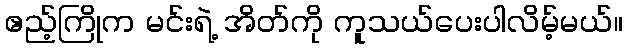
ဧည့်ကြိုက မင်းရဲ့ အိတ်ကို ကူသယ်ပေးပါလိမ့်မယ်။